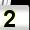
Digit: 2